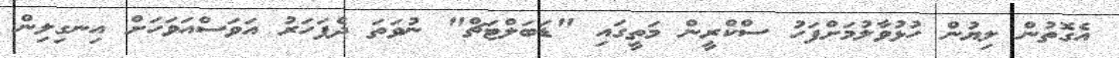
އެގޮތުން ލިޔުން ހުޅުވާލުމަށްފަހު ސްކްރީން މަތީގައި "ޑަބަލްޓަޗް" ނުވަތަ ދެފަހަރު އަވަސްއަވަހަށް އިނގިލިން